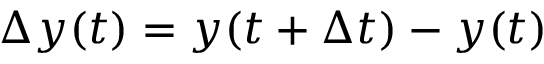
\Delta y ( t ) = y ( t + \Delta t ) - y ( t )